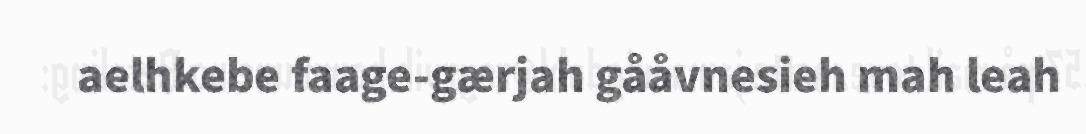
aelhkebe faage-gærjah gååvnesieh mah leah